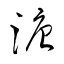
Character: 溏